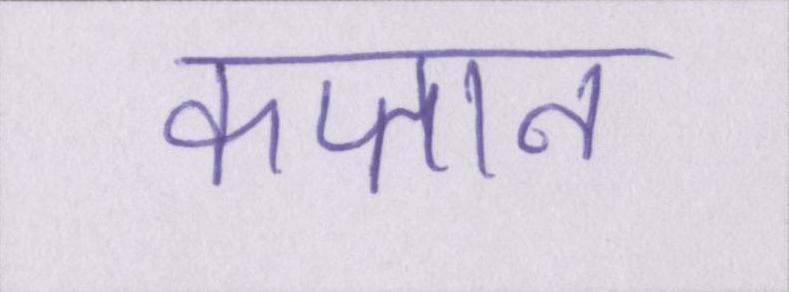
कप्तान